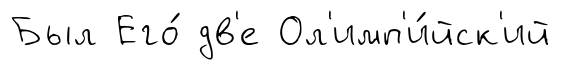
Был Его́ дв'е Ол'имп'и́йск'ий